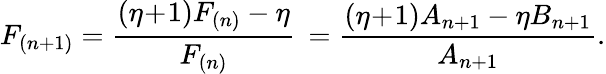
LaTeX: F_{(n+1)}=\frac{(\eta\! +\! 1)F_{(n)}-\eta}{F_{(n)}}\, =\frac{(\eta\! +\! 1)A_{n+1}-\eta B_{n+1}}{A_{n+1}}.